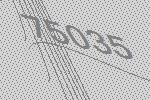
75035